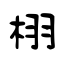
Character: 栩